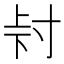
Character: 𭔮